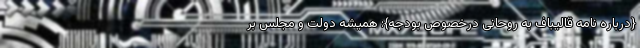
{درباره نامه قالیباف به روحانی درخصوص بودجه}: همیشه دولت و مجلس بر